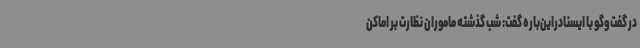
در گفت‌وگو با ایسنادراین‌باره گفت: شب گذشته ماموران نظارت بر اماکن